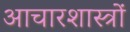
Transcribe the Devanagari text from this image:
आचारशास्त्रों